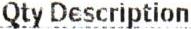
QTY DESCRIPTION